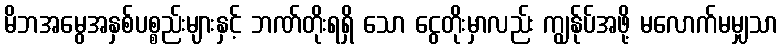
မိဘအမွေအနှစ်ပစ္စည်းများနှင့် ဘဏ်တိုးရရှိ သော ငွေတိုးမှာလည်း ကျွန်ုပ်အဖို့ မလောက်မမျှသာ